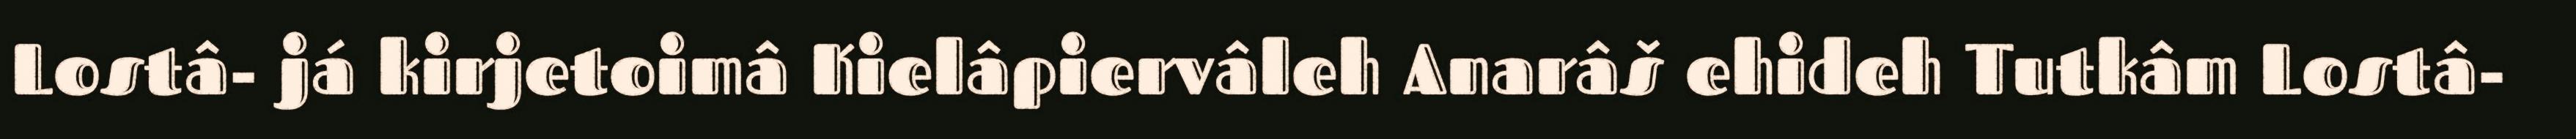
Lostâ- já kirjetoimâ Kielâpiervâleh Anarâš ehideh Tutkâm Lostâ-